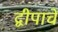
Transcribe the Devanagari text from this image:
द्वीपाचे